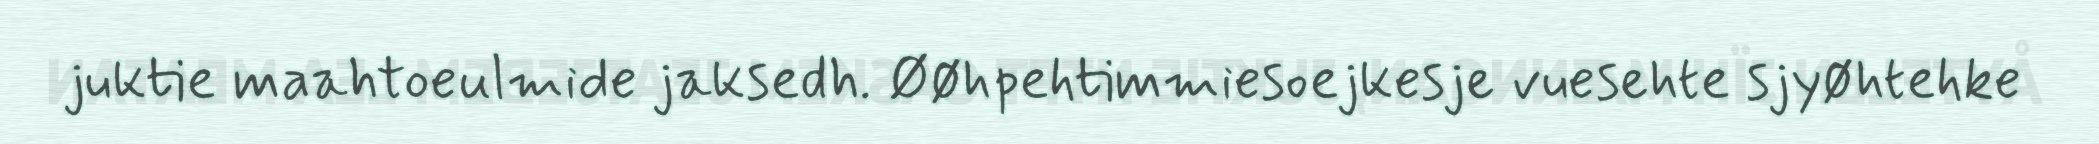
juktie maahtoeulmide jaksedh. Øøhpehtimmiesoejkesje vuesehte sjyøhtehke